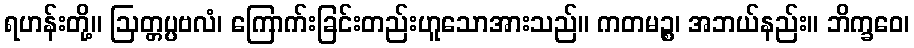
ရဟန်းတို့။ ဩတ္တပ္ပဗလံ၊ ကြောက်းခြင်းတည်းဟူသောအားသည်။ ကတမဉ္စ၊ အဘယ်နည်း။ ဘိက္ခဝေ၊